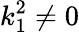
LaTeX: k_{1}^{2}\neq 0